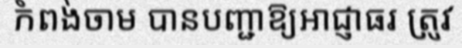
កំពង់ចាម បានបញ្ជាឱ្យអាជ្ញាធរ ត្រូវ